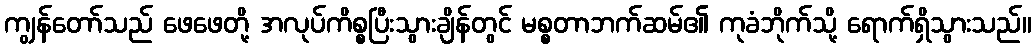
ကျွန်တော်သည် ဖေဖေတို့ အလုပ်ကိစ္စပြီးသွားချိန်တွင် မစ္စတာဘက်ဆမ်၏ ကုခံဘိုက်သို့ ရောက်ရှိသွားသည်။